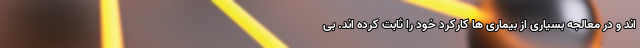
اند و در معالجه بسیاری از بیماری ها کارکرد خود را ثابت کرده اند. بی